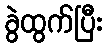
ခွဲထွက်ပြီး